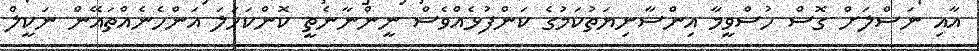
އާއި ނަސްލަށް ގޮސް ހުސްވީމާ އިންސާނިޔަތުކަމުގެ ކަންފުޅެއްވެސް ނީންނާނެތީ ކޮންކަހަލަ އަންހެނެއްތައޭން ނަކީލް